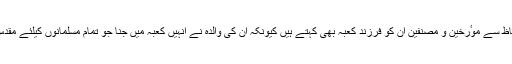
اس لحاظ سے موٴرخین و مصنفین اُن کو فرزند کعبہ بھی کہتے ہیں کیونکہ اُن کی والدہ نے انہیں کعبہ میں جنا جو تمام مسلمانوں کیلئے مقدس ہے۔